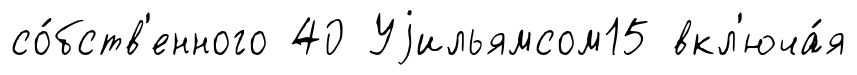
со́бств'енного 40 Уjильямсом15 вкл'юча́я